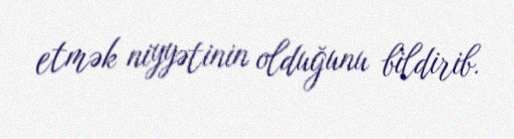
etmək niyyətinin olduğunu bildirib.